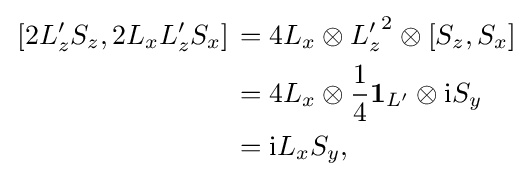
{\begin{aligned}\left.[2L_{z}'S_{z},2L_{x}L_{z}'S_{x}]\right.&=4L_{x}\otimes {L_{z}'}^{2}\otimes [S_{z},S_{x}]\\&=4L_{x}\otimes {\frac {1}{4}}\mathbf {1} _{L'}\otimes \mathrm {i} S_{y}\\&=\mathrm {i} L_{x}S_{y},\end{aligned}}